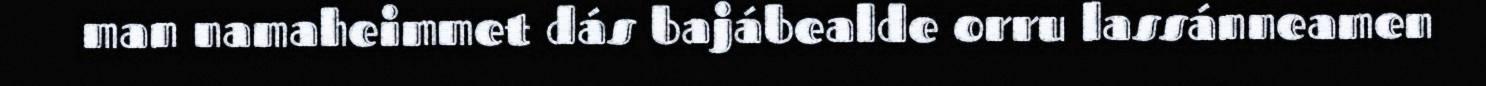
man namaheimmet dás bajábealde orru lassánneamen